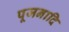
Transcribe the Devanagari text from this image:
पूजनादि